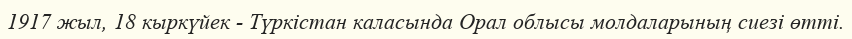
1917 жыл, 18 кыркүйек - Түркістан каласында Орал облысы молдаларының сиезі өтті.